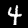
Digit: 4